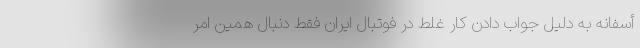
أسفانه به دلیل جواب دادن کار غلط در فوتبال ایران فقط دنبال همین امر